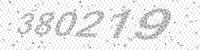
Solution: 380219